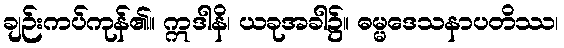
ချဉ်းကပ်ကုန်၏။ ဣဒါနိ၊ ယခုအခါ၌။ ဓမ္မဒေသနာပတိဿ၊